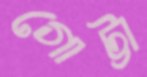
গোট্টা